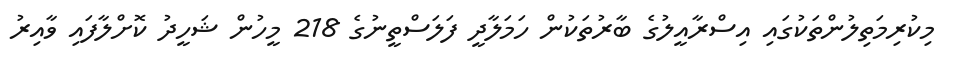
މިކުރިމަތިލުންތަކުގައި އިސްރާއީލުގެ ބާރުތަކުން ހަމަލާދީ ފަލަސްތީނުގެ 218 މީހުން ޝަހީދު ކޮށްލާފައި ވާއިރު